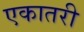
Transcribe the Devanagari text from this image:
एकातरी